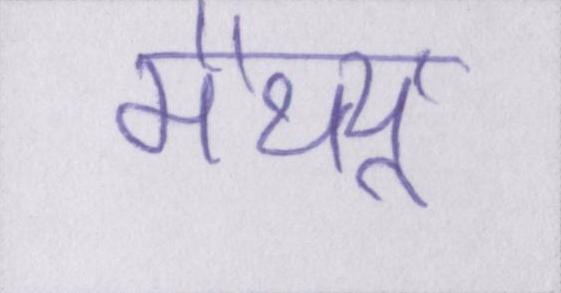
मैथ्यू